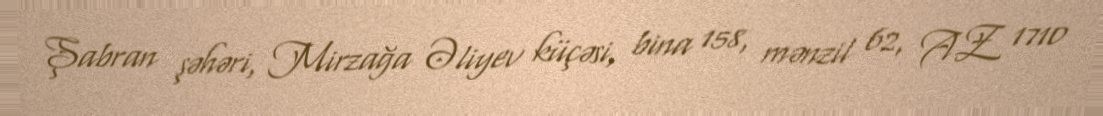
Şabran şəhəri, Mirzağa Əliyev küçəsi, bina 158, mənzil 62, AZ 1710